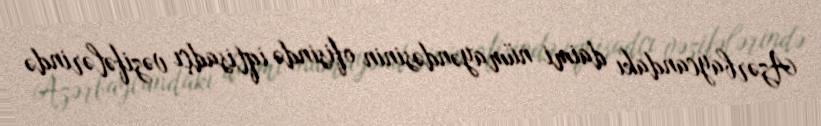
Azərbaycandakı daimi nümayəndəsinin ofisində iqtisadçı vəzifələrində